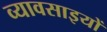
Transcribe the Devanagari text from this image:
व्यावसाइयों